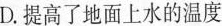
D.提高了地面上水的温度